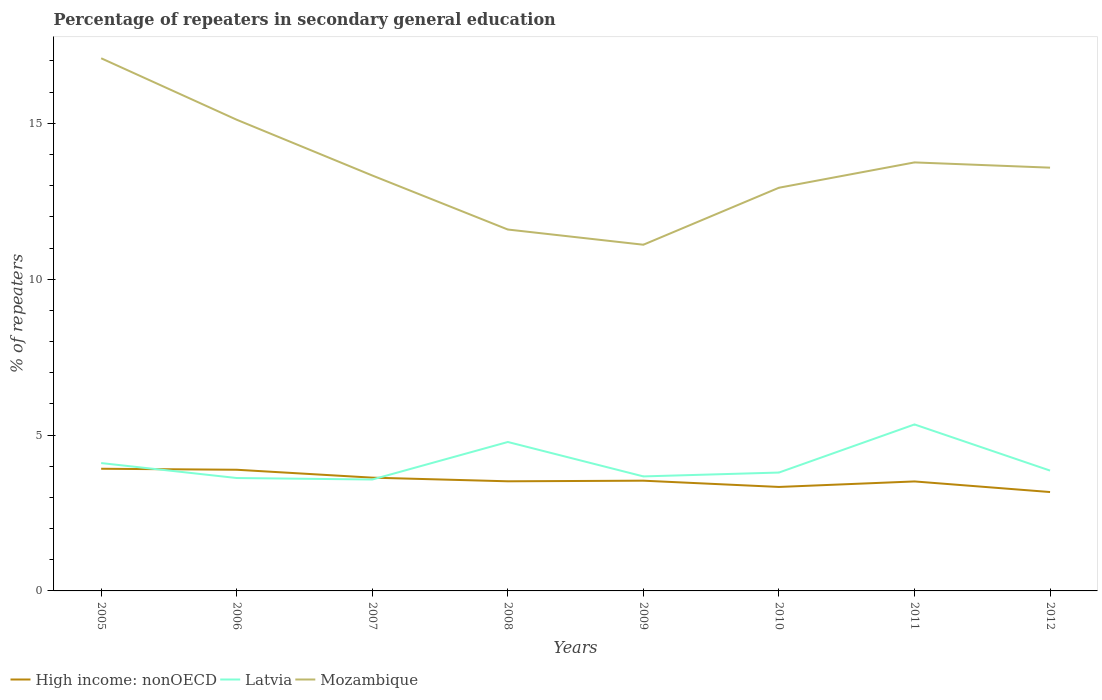
| Years | High income: nonOECD | Latvia | Mozambique |
 | --- | --- | --- | --- |
 | 2005 | 3.92 | 4.1 | 17.1 |
 | 2006 | 3.89 | 3.62 | 15.1 |
 | 2007 | 3.63 | 3.57 | 13.3 |
 | 2008 | 3.52 | 4.78 | 11.6 |
 | 2009 | 3.54 | 3.67 | 11.1 |
 | 2010 | 3.34 | 3.8 | 12.9 |
 | 2011 | 3.51 | 5.34 | 13.7 |
 | 2012 | 3.17 | 3.86 | 13.6 |